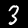
Label: 3